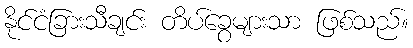
နိုင်ငံခြားသီချင်း တိပ်ခွေများသာ ဖြစ်သည်။